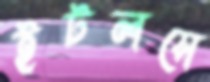
ইটলসে